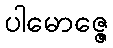
ပါမောဇ္ဇေ